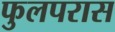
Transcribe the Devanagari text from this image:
फुलपरास